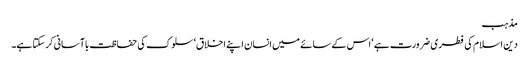
مذہب
دین اسلام کی فطری ضرورت ہے‘ اس کے سائے میں انسان اپنے اخلاق‘ سلوک کی حفاظت باآسانی کرسکتا ہے۔